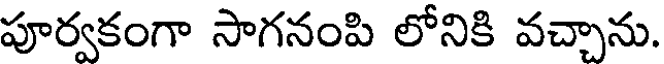
పూర్వకంగా సాగనంపి లోనికి వచ్చాను.